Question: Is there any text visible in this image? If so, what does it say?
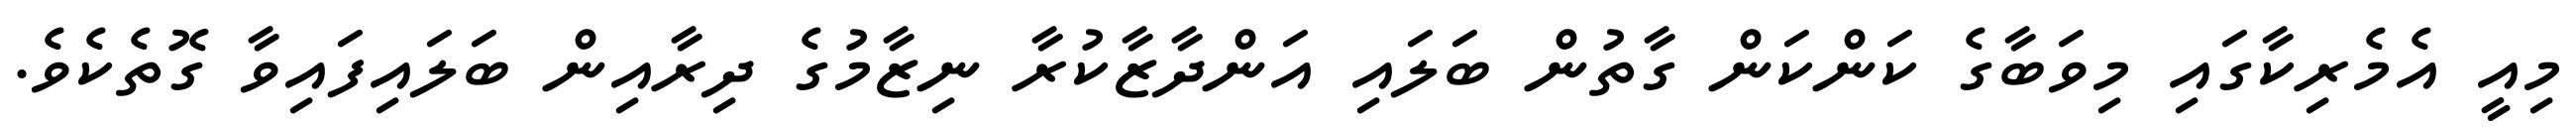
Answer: މިއީ އެމެރިކާގައި މިވަބާގެ ކަންކަން ގާތުން ބަލައި އަންދާޒާކުރާ ނިޒާމުގެ ދިރާއިން ބަލައިފައިވާ ގޮތެކެވެ.